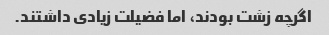
اگرچه زشت بودند، اما فضیلت زیادی داشتند.